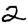
Digit: 2